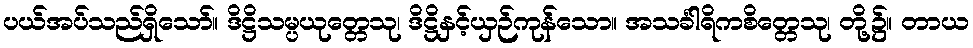
ပယ်အပ်သည်ရှိသော်။ ဒိဋ္ဌိသမ္ပယုတ္တေသု၊ ဒိဋ္ဌိနှင့်ယှဉ်ကုန်သော။ အသင်္ခါရိကစိတ္တေသု၊ တို့၌။ တာယ